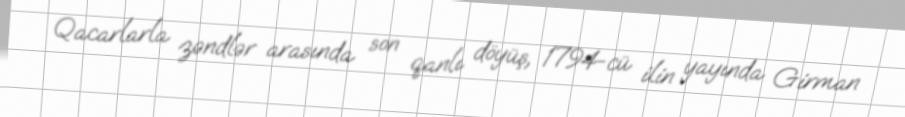
Qacarlarla zəndlər arasında son qanlı döyüş, 1794-cü ilin yayında Girman